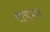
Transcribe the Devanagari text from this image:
सत्यपण